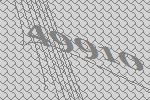
49910